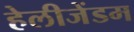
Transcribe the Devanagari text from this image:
हेलीजेंडम